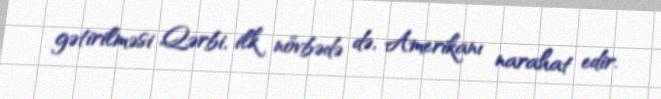
gətirilməsi Qərbi, ilk növbədə də, Amerikanı narahat edir.